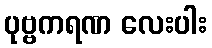
ပုဗ္ဗကရဏ လေးပါး